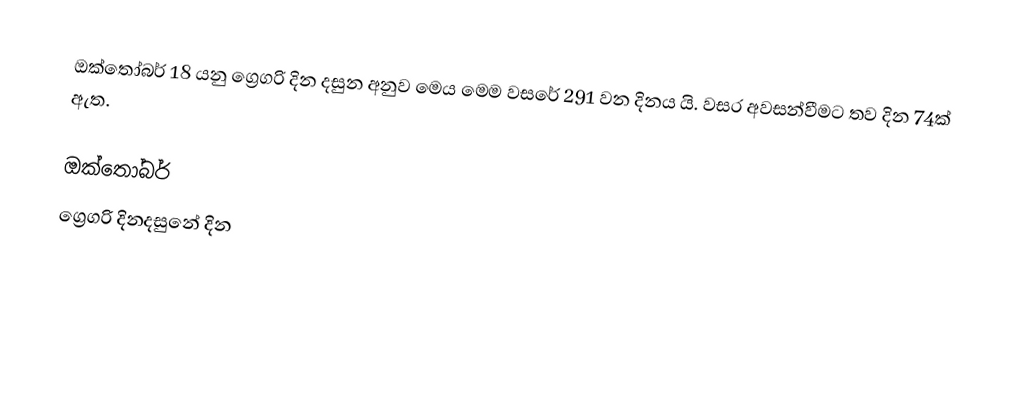
ඔක්තෝබර් 18 යනු ග්‍රෙගරි දින දසුන අනුව මෙය මෙම වසරේ 291 වන දිනය යි. වසර අවසන්වීමට තව දින 74ක් ඇත.

ඔක්තෝබර්
ග්‍රෙගරි දිනදසුනේ දින